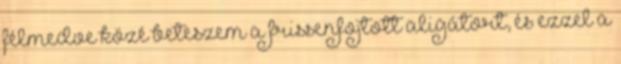
félmedve közé beteszem a frissenfojtott aligátort, és ezzel a